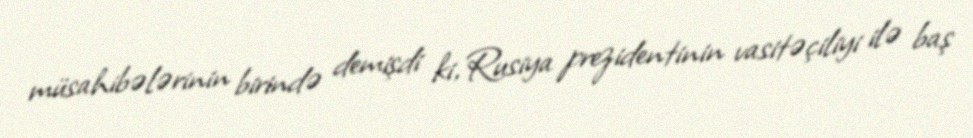
müsahibələrinin birində demişdi ki, Rusiya prezidentinin vasitəçiliyi ilə baş